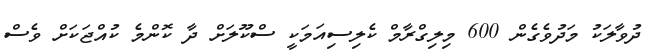
ދުވާލަކު މަދުވެގެން 600 މިލިގްރާމް ކެލިސިއަމަކީ ސްކޫލަށް ދާ ކޮންމެ ކުއްޖަކަށް ވެސް